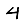
Digit: 4